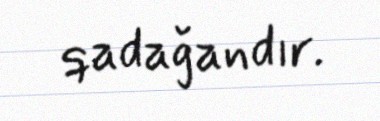
qadağandır.